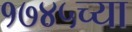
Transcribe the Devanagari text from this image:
१७४५च्या